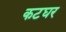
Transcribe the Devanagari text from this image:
कटघर